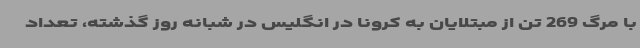
با مرگ 269 تن از مبتلایان به کرونا در انگلیس در شبانه روز گذشته، تعداد